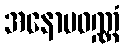
အနောမဝဏ္ဏံ